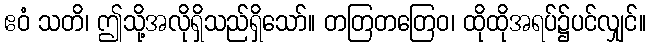
ဧဝံ သတိ၊ ဤသို့အလိုရှိသည်ရှိသော်။ တတြတတြေဝ၊ ထိုထိုအရပ်၌ပင်လျှင်။